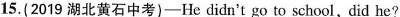
15.(2019 湖北黄石中考)-He didn't go to school,did he?